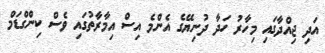
އަދި ޖިއްދާގައި މިހާރު ހަދާ ދުނިޔޭގެ އެންމެ އިސް އިމާރާތުގައި ވެސް ކިންގްޑަމް